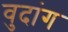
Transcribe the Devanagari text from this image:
वुदांग